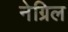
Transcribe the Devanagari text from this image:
नेग्रिल